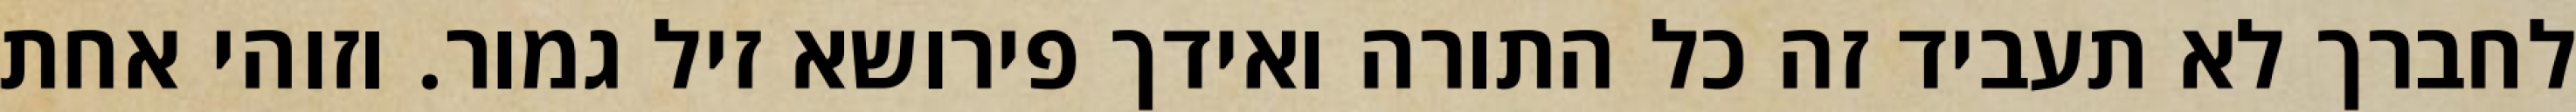
לחברך לא תעביד זה כל התורה ואידך פירושא זיל גמור. וזוהי אחת